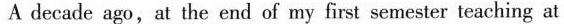
A decade ago,at the end of my first semester teaching at